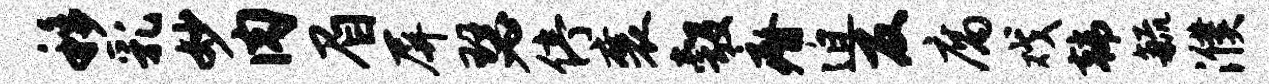
移乳妙肉眉屏瑟停襄彀瘠迫反腐戏韩毓濮